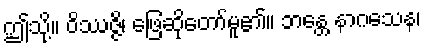
ဤသို့။ ဝိဿဇ္ဇိ၊ ဖြေဆိုတော်မူ၏။ ဘန္တေ နာဂသေန၊